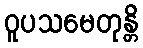
ဝူပသမေတုန္တိ